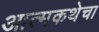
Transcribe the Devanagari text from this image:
आत्मकथेचा